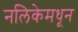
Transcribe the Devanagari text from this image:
नलिकेमधून